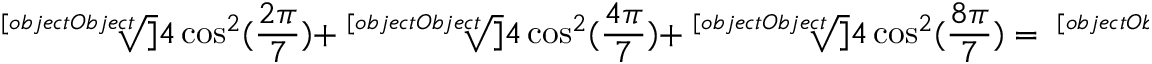
{ \sqrt [ [object Object] ] { 4 \cos ^ { 2 } ( { \frac { 2 \pi } { 7 } } ) } } + { \sqrt [ [object Object] ] { 4 \cos ^ { 2 } ( { \frac { 4 \pi } { 7 } } ) } } + { \sqrt [ [object Object] ] { 4 \cos ^ { 2 } ( { \frac { 8 \pi } { 7 } } ) } } = { \sqrt [ [object Object] ] { 1 1 + 3 ( 2 { \sqrt [ [object Object] ] { 7 } } + { \sqrt [ [object Object] ] { 4 9 } } ) } }